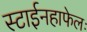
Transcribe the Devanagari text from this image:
स्टाईनहाफेलः